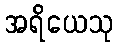
အရိယေသု